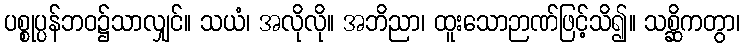
ပစ္စုပ္ပန်ဘဝ၌သာလျှင်။ သယံ၊ အလိုလို။ အဘိညာ၊ ထူးသောဉာဏ်ဖြင့်သိ၍။ သစ္ဆိကတွာ၊